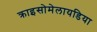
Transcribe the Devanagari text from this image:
क्राइसोमेलायडिया